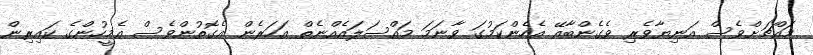
މައްޗަށްވެސް އަނިޔާވެރި ވެގެންބާއޭ އެހެންކަމުގަ ވާނަމަ މައްސަލައެއްނެތް އަހަރެން އެގޮތުންވެސް އެމީހުންގެ ކައިރިން